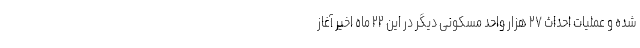
شده و عملیات احداث ۲۷ هزار واحد مسکونی دیگر در این ۲۲ ماه اخیر آغاز